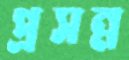
প্রসন্ন